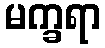
မက္ခရာ